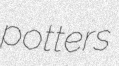
potters